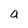
Character: a